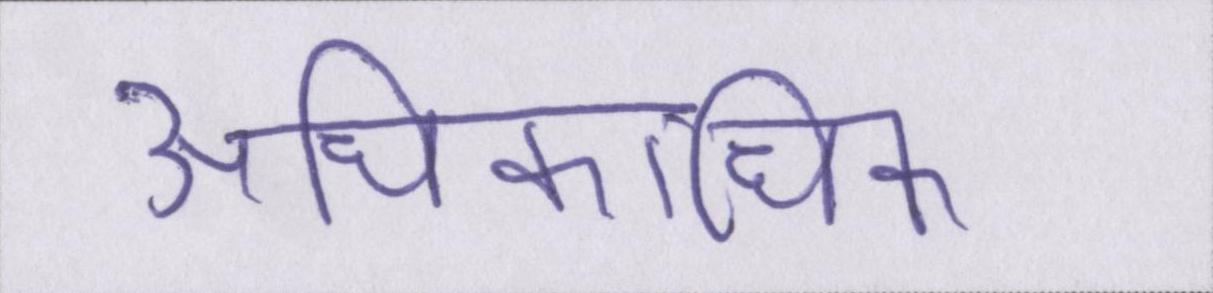
अधिकाधिक